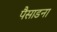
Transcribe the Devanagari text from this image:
पैसाडना